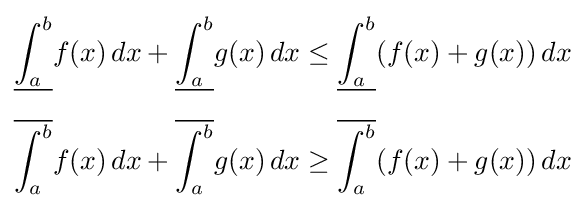
{\begin{aligned}{\underline {\int _{a}^{b}}}f(x)\,dx+{\underline {\int _{a}^{b}}}g(x)\,dx&\leq {\underline {\int _{a}^{b}}}(f(x)+g(x))\,dx\\[6pt]{\overline {\int _{a}^{b}}}f(x)\,dx+{\overline {\int _{a}^{b}}}g(x)\,dx&\geq {\overline {\int _{a}^{b}}}(f(x)+g(x))\,dx\end{aligned}}